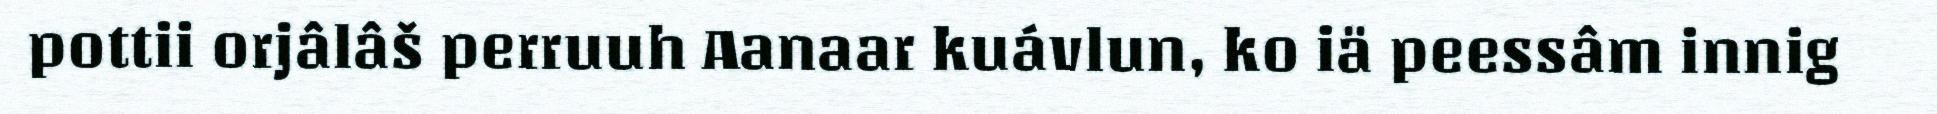
pottii orjâlâš perruuh Aanaar kuávlun, ko iä peessâm innig